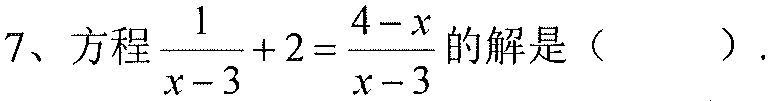
7、方程\(\frac{1}{x - 3}+2=\frac{4 - x}{x - 3}\)的解是（  ）.